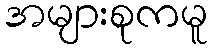
အများစုကမူ